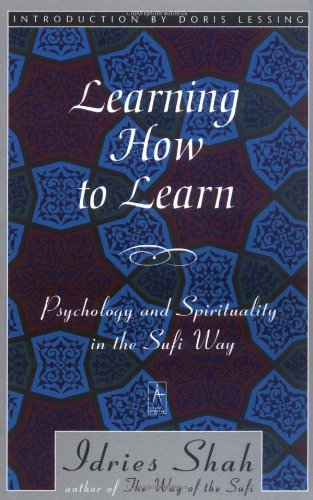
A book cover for Learning How to Learn: Psychology and Spirituality in the Sufi Way (Compass); Idries Shah; Religion & Spirituality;